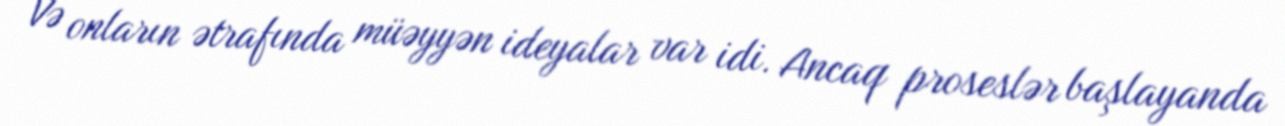
Və onların ətrafında müəyyən ideyalar var idi. Ancaq proseslər başlayanda